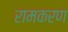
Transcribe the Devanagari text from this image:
रामकरण